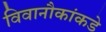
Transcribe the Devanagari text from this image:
विवानौकांकडे